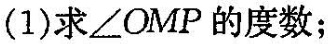
(1)求\angle OMP的度数；